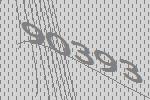
90393